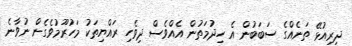
ދިރިއުޅޭ ތަނެއްގެ ސަބަބުން އެ ހިދުމަތުން އެއްވެސް ދިވެހި ރައްޔިތަކު މަހުރޫމުވެގެން ނުވާނެ